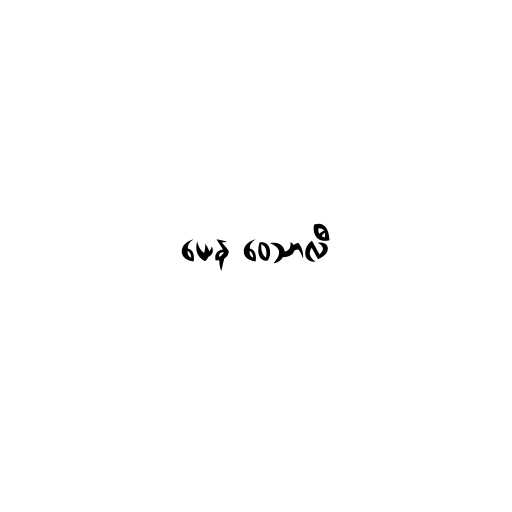
ယေန ဝေသာလီ